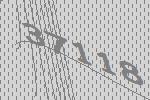
37118